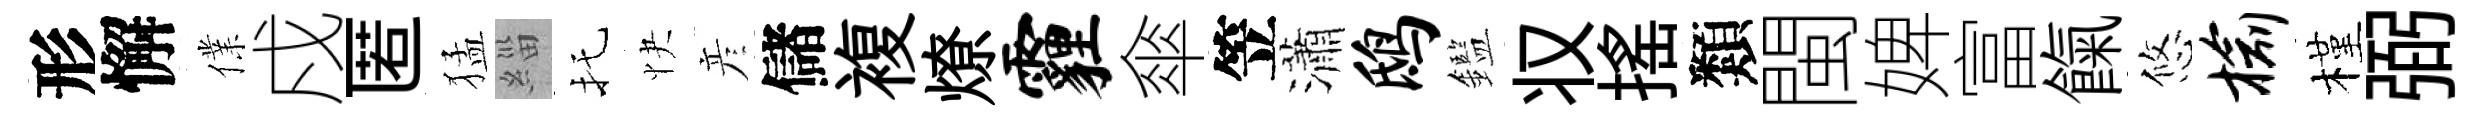
形懈㒒戍匿猛緇托快彦儲複燎霾傘笠瀟鸱鑑𠬧摇類閩婢富餼悠榆槿弼